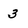
Character: 3